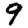
Digit: 9